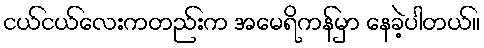
ငယ်ငယ်လေးကတည်းက အမေရိကန်မှာ နေခဲ့ပါတယ်။